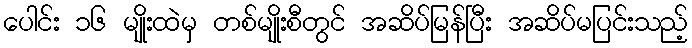
ပေါင်း ၁၆ မျိုးထဲမှ တစ်မျိုးစီတွင် အဆိပ်မြန်ပြီး အဆိပ်မပြင်းသည့်